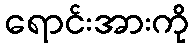
ရောင်းအားကို